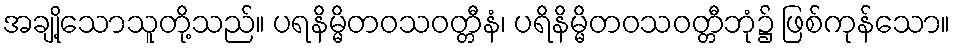
အချို့သောသူတို့သည်။ ပရနိမ္မိတဝသဝတ္တီနံ၊ ပရိနိမ္မိတဝသဝတ္တီဘုံ၌ ဖြစ်ကုန်သော။